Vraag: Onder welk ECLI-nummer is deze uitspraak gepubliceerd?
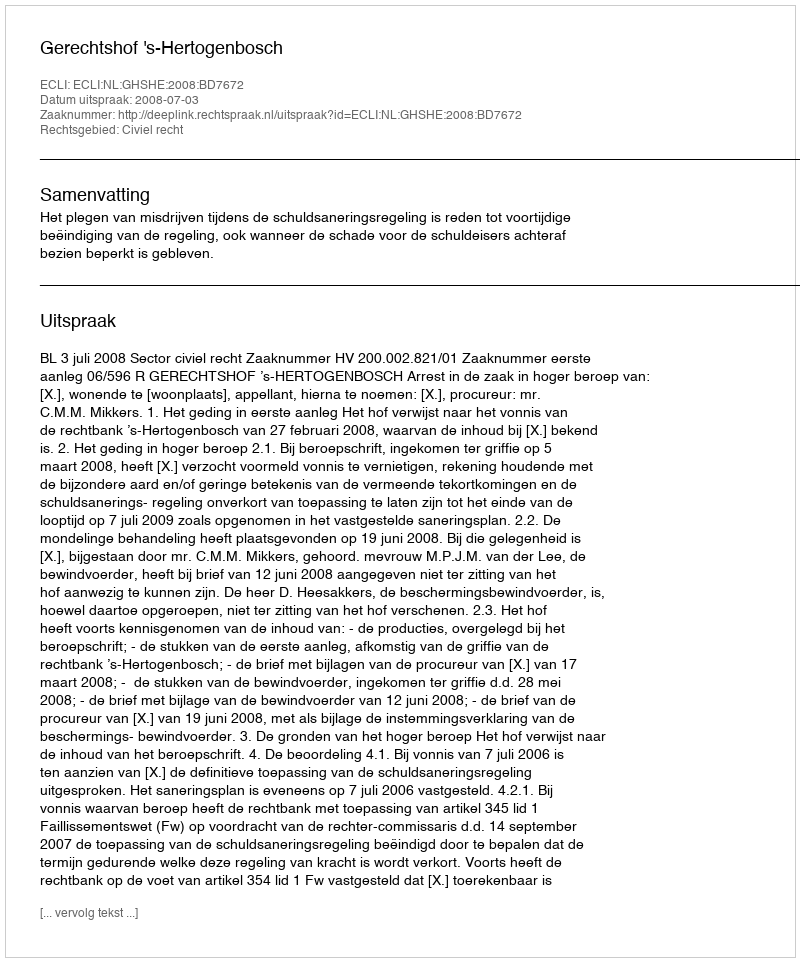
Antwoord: ECLI:NL:GHSHE:2008:BD7672